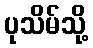
ပုသိမ်သို့